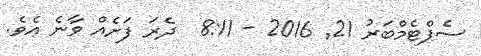
ސެޕްޓެމްބަރު 21